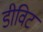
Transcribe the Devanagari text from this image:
डीविट